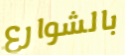
بالشوارع